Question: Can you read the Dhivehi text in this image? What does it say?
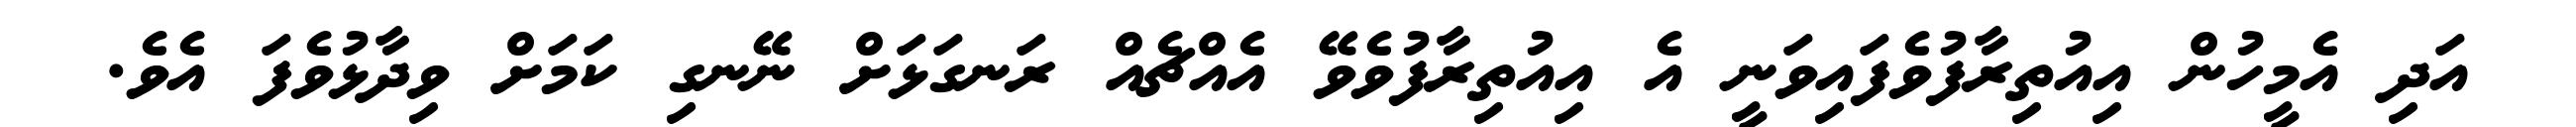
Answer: އަދި އެމީހުން އިއުތިރާފުވެފައިވަނީ އެ އިއުތިރާފުވެވޭ އެއްޗެއް ރަނގަޅަށް ނޭނގި ކަމަށް ވިދާޅުވެފަ އެވެ.